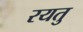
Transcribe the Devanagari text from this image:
रयतु